Vaccination North-Western Provinces 1866-1877 - 1866-1877
Year: 1866
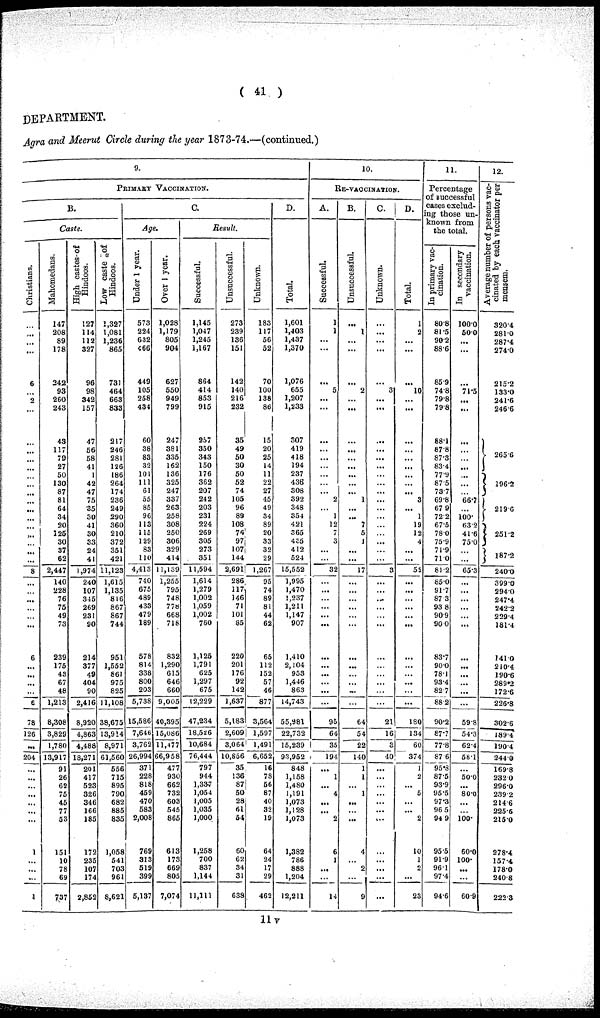
( 41 )
DEPARTMENT.
Agra and Meerut Circle during the year 1873-74.—(continued.)
9.
PRIMARY VACCINATION.
B.
Caste.
Christians.
1
...
...
...
...
6
...
2
...
...
...
...
...
...
...
...
...
...
...
...
...
...
...
...
8
...
...
...
...
...
...
6
...
...
...
...
6
78
126
...
204
...
...
...
...
...
...
...
1
...
...
...
1
Mahomedans.
147
208
89
178
242
93
260
243
43
117
79
27
50
130
87
81
64
34
20
125
30
37
62
2,447
140
228
76
75
49
73
239
175
43
67
48
1,213
8,308
3,829
1,780
13,917
91
26
62
75
45
77
53
151
10
78
69
737
High castes-of
Hindoos.
127
114
112
327
96
98
342
157
47
56
58
41
1
42
47
75
35
30
41
30
33
24
41
1,974
240
107
345
269
231
90
214
377
49
404
90
2,416
8,920
4,863
4,488
18,271
201
417
523
326
346
166
185
172
235
107
174
2,852
Low caste of
Hindoos.
1,327
1,081
1,236
865
731
464
663
833
217
246
281
126
186
264
174
236
249
290
360
210
372
351
421
11,123
1,615
1,135
816
867
867
744
951
1,552
861
975
825
11,108
38,675
13,914
8,971
61,560
556
715
895
790
682
885
835
1,058
541
703
961
8,621
C.
Age.
Under 1 year.
573
224
632
466
449
105
258
434
60
38
83
32
101
111
61
55
85
96
113
115
129
83
110
4,413
740
675
489
433
479
189
578
814
338
800
203
5,738
15,586
7,646
3,762
26,994
371
228
818
459
470
583
2,008
769
313
519
399
5,137
Over 1 year.
1,028
1,179
805
904
627
550
949
799
247
381
335
162
136
325
247
337
263
258
308
250
306
329
414
11,139
1,255
795
748
778
668
716
832
1,290
615
646
660
9,005
40,395
15,086
11,477
66,958
477
930
662
732
603
546
865
613
173
669
805
7,074
Result.
Successful.
1,145
1,047
1,245
1,167
864
414
853
915
257
350
343
150
176
362
207
242
203
231
224
269
305
273
351
11,594
1,614
1,279
1,002
1,059
1,002
760
1,125
1,791
625
1,297
675
12,229
47,234
18,526
10,684
76,444
797
944
1,337
1,054
1,005
1,035
1,000
1,258
700
837
1,144
11,111
Unsuccessful.
273
239
136
151
142
140
216
232
35
49
50
30
50
52
74
105
96
89
108
76
97
107
144
2,691
286
117
146
71
101
85
220
201
176
92
142
1,637
5,183
2,609
3,064
10,856
35
136
87
50
28
61
54
60
62
34
31
638
Unknown.
183
117
56
52
70
100
138
86
15
20
25
14
11
22
27
45
49
34
89
20
33
32
29
1,267
95
74
89
81
44
62
65
112
152
57
46
877
3,564
1,597
1,491
6,652
16
78
56
87
40
32
19
64
24
17
29
462
D.
Total.
1,601
1,403
1,437
1,370
1,076
655
1,207
1,233
307
419
418
194
237
436
308
392
348
354
421
365
435
412
524
15,552
1,995
1,470
1,237
1,211
1,147
907
1,410
2,104
953
1,446
863
14,743
55,981
22,732
15,239
93,952
848
1,158
1,480
1,191
1,073
1,128
1,073
1,382
786
888
1,204
12,211
10.
RE-VACCINATION.
A.
Successful.
1
1
...
...
...
5
...
...
...
...
...
...
...
...
... 2
... 1
12
7
3
...
...
32
...
...
...
...
...
...
...
...
...
...
...
...
95
64
35
194
...
1
...
4
...
... 2
6
1
...
...
14
B.
Unsuccessful.
...
1
...
...
...
2
...
...
...
...
...
...
...
...
... 1
...
... 7
5
1
...
...
17
...
...
...
...
...
...
...
...
...
...
...
...
64
54
22
140
1
1
...
1
...
...
...
4
... 2
...
9
c.
Unknown.
...
...
...
...
...
3
...
...
...
...
...
...
...
...
...
...
...
...
...
...
...
...
...
3
...
...
...
...
...
...
...
...
...
...
...
...
21
16
3
40
...
...
...
...
...
...
...
...
...
...
...
...
D.
Total.
1
2
...
...
...
10
...
...
...
...
...
...
...
...
... 3
... 1
19
12
4
...
...
52
...
...
...
...
...
...
...
...
...
...
...
...
180
134
60
374
1
2
...
5
...
... 2
10
1
2
...
23
11.
Percentage
of successful
cases exclud-
ing those un-
known from
the total.
In primary vac-
cination.
80.8
81.5
90.2
88.6
85.9
74.8
79.8
79.8
88.1
87.8
87.3
83.4
77.9
87.5
73.7
69.8
67.9
72.2
67.5
78.0
75.9
71.9
71.0
81.2
85.0
91.7
87.3
93.8
90.9
90.0
83.7
90.0
78.1
93.4
82.7
88.2
90.2
87.7
77.8
87.6
95.3
87.5
93.9
95.5
97.3
96.5
94.9
95.5
91.9
96.1
97.4
94.6
In secondary
vaccination.
100.0
50.0
...
...
...
71.5
...
...
...
...
...
...
...
...
...
66.7
...
100.
63.2
41.6
75.0
... ...
65.3
...
...
...
...
...
...
...
...
...
...
...
...
59.8
54.3
62.4
58.1
...
50.0
...
80.0
...
...
100.
60.0
100.
...
...
60.9
12.
Average number of persons vac-
cinated by each vaccinator per
mensem.
320.4
281.0
287.4
274.0
215.2
133.0
241.6
246.6
265.6
196.2
219.6
251.2
187.2
240.0
399.0
294.0
247.4
242.2
229.4
181.4
141.0
210.4
190.6
289.2
172.6
226.8
302.6
189.4
190.4
244.0
169.8
232.0
296.0
239.2
214.6
225.6
215.0
278.4
157.4
178.0
240.8
222.3
11 v